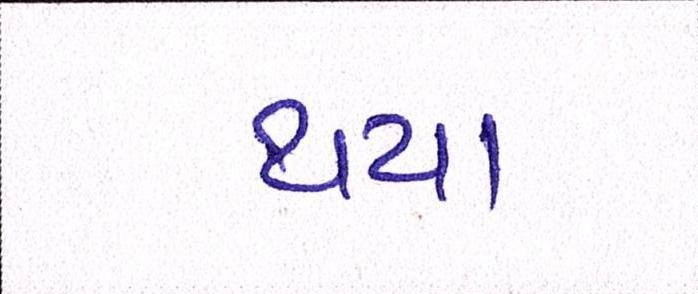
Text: થયા